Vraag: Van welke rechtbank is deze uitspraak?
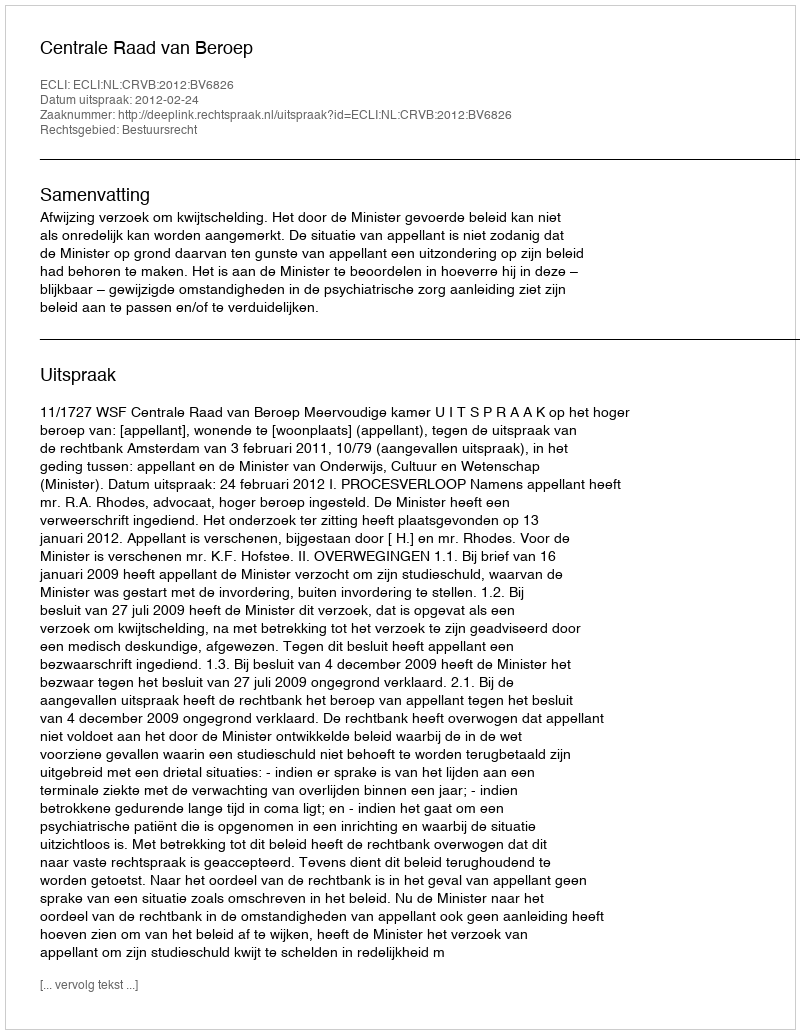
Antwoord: Centrale Raad van Beroep